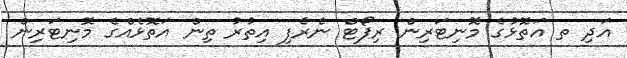
އަދި ތ އަތޮޅުގެ މޮނިޓަރިން ރިޕޯޓް ނެރެފި އިތުރު ތިން އަތޮޅެއްގެ މޮނިޓަރިން